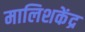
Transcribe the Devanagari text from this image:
मालिशकेंद्र